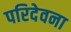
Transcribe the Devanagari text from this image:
परिदेवना